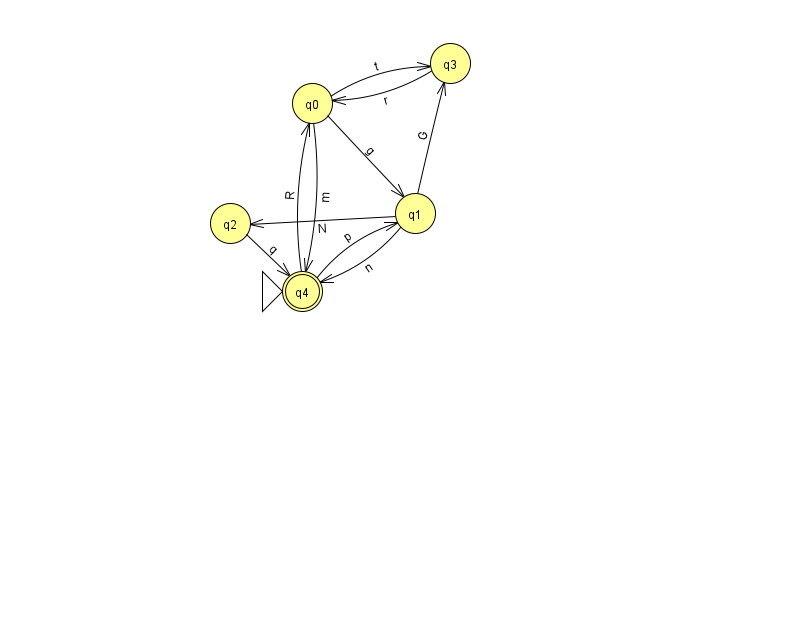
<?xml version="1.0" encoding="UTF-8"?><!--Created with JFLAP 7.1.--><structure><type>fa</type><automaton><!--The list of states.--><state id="0" name="q0"><x>312.0</x><y>90.0</y></state><state id="1" name="q1"><x>415.0</x><y>200.0</y></state><state id="2" name="q2"><x>230.0</x><y>210.0</y></state><state id="3" name="q3"><x>450.0</x><y>50.0</y></state><state id="4" name="q4"><x>302.0</x><y>278.0</y><initial/><final/></state><!--The list of transitions.--><transition><from>3</from><to>0</to><read>r</read></transition><transition><from>4</from><to>0</to><read>R</read></transition><transition><from>4</from><to>1</to><read>p</read></transition><transition><from>2</from><to>4</to><read>q</read></transition><transition><from>0</from><to>1</to><read>g</read></transition><transition><from>1</from><to>3</to><read>G</read></transition><transition><from>0</from><to>3</to><read>t</read></transition><transition><from>1</from><to>2</to><read>N</read></transition><transition><from>0</from><to>4</to><read>m</read></transition><transition><from>1</from><to>4</to><read>n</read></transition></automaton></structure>